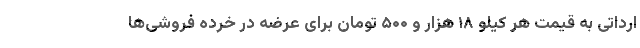
ارداتی به قیمت هر کیلو ۱۸ هزار و ۵۰۰ تومان برای عرضه در خرده فروشی‌ها